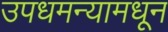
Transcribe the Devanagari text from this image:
उपधमन्यामधून